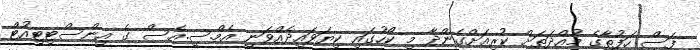
ފަސް ހަފުތާގެ މުއްދަތަށް ކުރިއަށްގެންދާ މި ކޯހުގައި ކިޔަވައިދެއްވަނީ އެމް.ސީ.އެސް ގެ އިންސްޓިޓިއުޓް